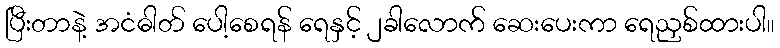
ပြီးတာနဲ့ အငံဓါတ် ပေါ့စေရန် ရေနှင့် ၂ခါလောက် ဆေးပေးကာ ရေညှစ်ထားပါ။